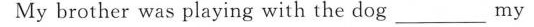
My brother was playing with the dog ___ my